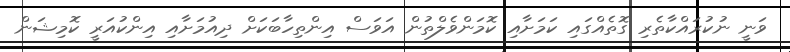
ވަނީ ނުކުރައްކާތެރި ގޮތެއްގައި ކަމަށާއި ކޮމަންވެލްތުން އަވަސް އިންތިހާބަކަށް ދިއުމަށާއި އިންކުއަރީ ކޮމިޝަން